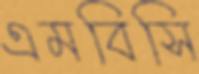
এমবিসি